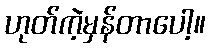
ဟုတ်ကဲ့မှန်တာပေါ့။